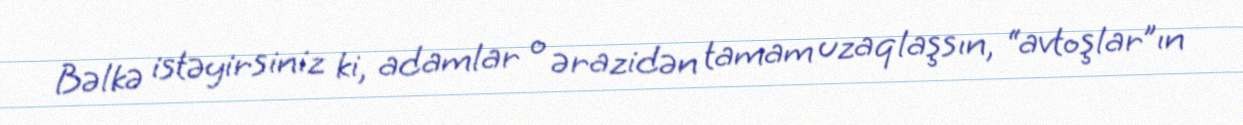
Bəlkə istəyirsiniz ki, adamlar o ərazidən tamam uzaqlaşsın, “avtoşlar”ın